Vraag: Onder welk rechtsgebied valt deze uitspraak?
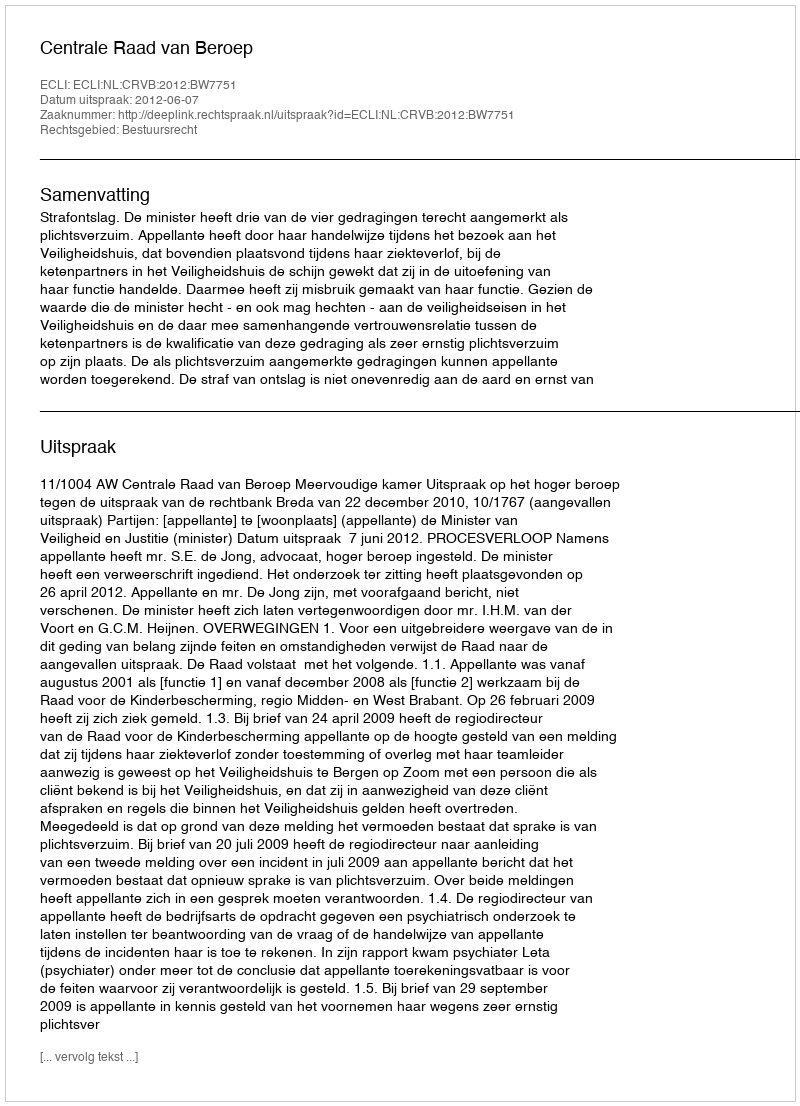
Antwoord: Bestuursrecht